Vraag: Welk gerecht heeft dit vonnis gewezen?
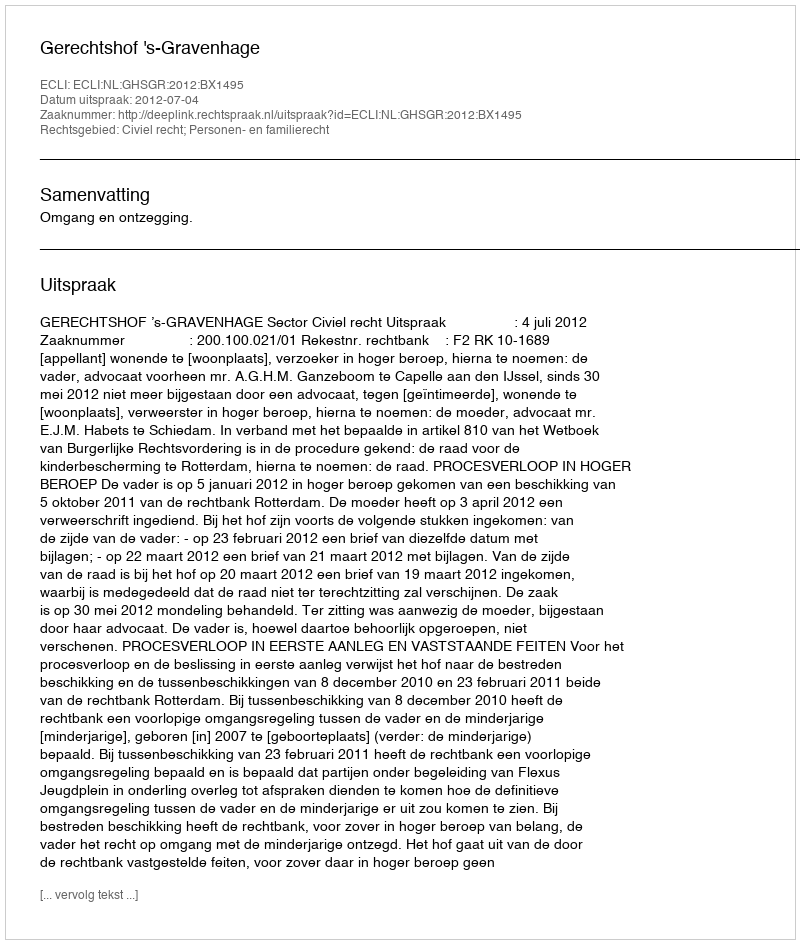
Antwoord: Gerechtshof 's-Gravenhage